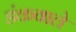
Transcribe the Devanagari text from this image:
डंकवाले